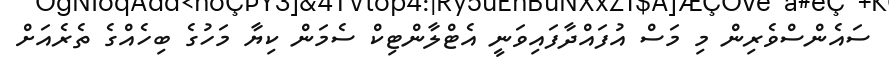
ސައެންސްވެރިން މި މަސް އުފައްދާފައިވަނީ އެޓްލާންޓިކް ސެމަން ކިޔާ މަހުގެ ބިހެއްގެ ތެރެއަށް